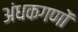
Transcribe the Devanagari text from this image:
अंधकगणों